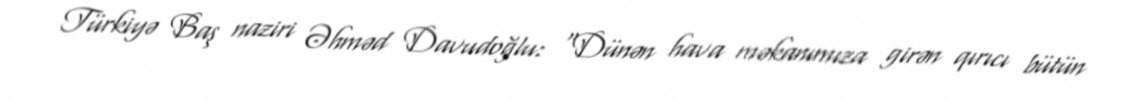
Türkiyə Baş naziri Əhməd Davudoğlu: "Dünən hava məkanımıza girən qırıcı bütün